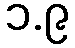
၁.၉